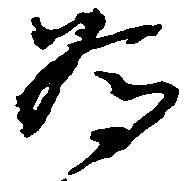
為